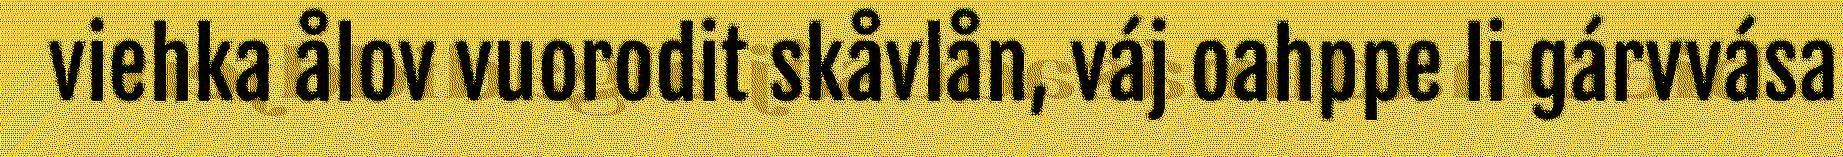
viehka ålov vuorodit skåvlån, váj oahppe li gárvvása